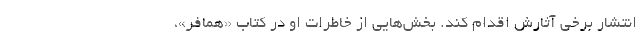
انتشار برخی آثارش اقدام کند. بخش‌هایی از خاطرات او در کتاب «همافر»،